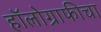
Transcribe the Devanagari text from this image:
हॉलोग्राफीचा